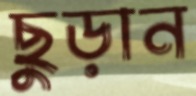
ছুড়ান